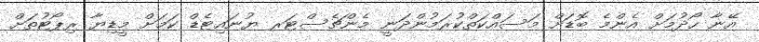
އޭނާ ހޯދުމަށް އެންމެ ބޮޑަށް މަސައްކަތްކުރަމުންދަނީ މެންޗެސްޓަރ ޔުނައިޓެޑް ކަމަށް މީޑިޔާ ރިޕޯޓުތަށް